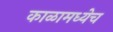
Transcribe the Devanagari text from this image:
काळामध्येच